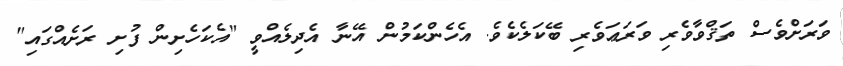
ވަރަށްވެސް ތަޤްވާވެރި ވަރަޢަވެރި ބޭކަލެކެވެ. އެހެންކަމުން އޭނާ އެދިލެއްވީ "އެކަހެށިން ފުށި ރަށެއްގައި"